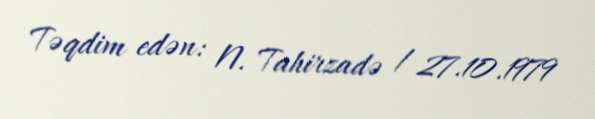
Təqdim edən: N. Tahirzadə / 27.10.1979